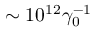
\sim 1 0 ^ { 1 2 } \gamma _ { 0 } ^ { - 1 }